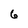
Character: 6